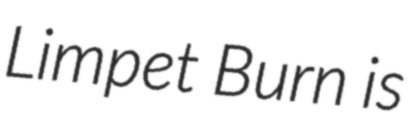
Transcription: Limpet Burn is